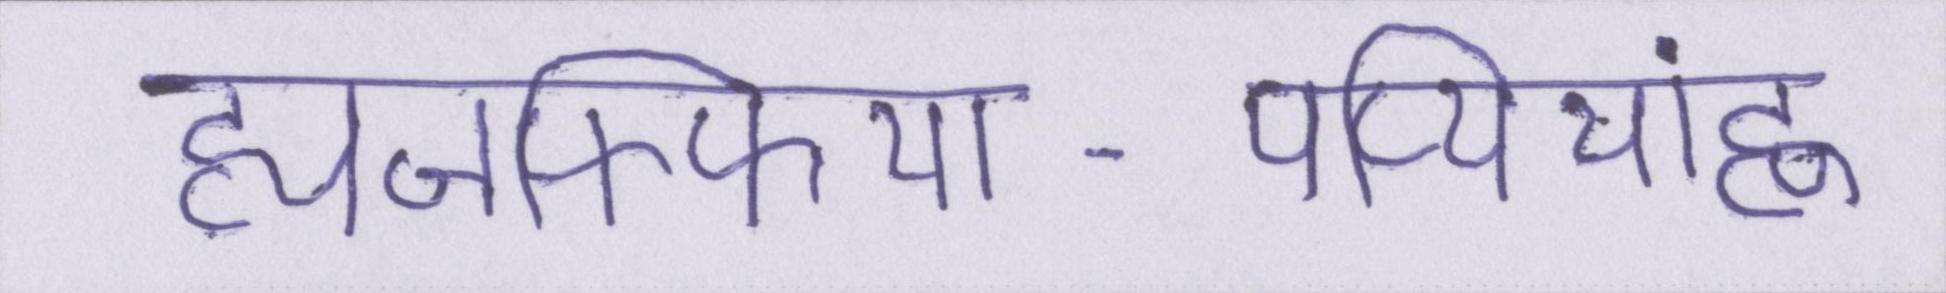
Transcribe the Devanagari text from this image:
ह्यजफ्फिया-पप्पियांह्ण